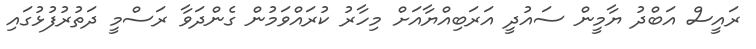
ރައީސް އަބްދު ޔާމީން ސައުދީ އަރަބިއްޔާއަށް މިހާރު ކުރައްވަމުން ގެންދަވާ ރަސްމީ ދަތުރުފުޅުގައި